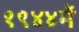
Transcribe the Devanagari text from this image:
१९४४में